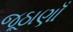
જૂઠાણાઁ